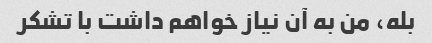
بله، من به آن نیاز خواهم داشت با تشکر